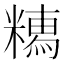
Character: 𥼥